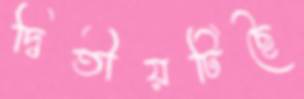
দ্বিতীয়টিছৈ